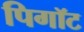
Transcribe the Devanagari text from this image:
पिगॉट